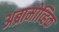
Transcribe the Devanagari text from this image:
अब्रामोव्हिक